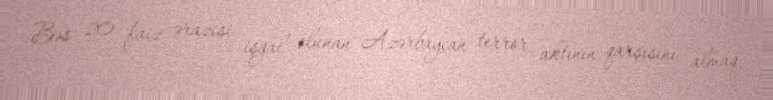
Bəs 20 faiz ərazisi işğal olunan Azərbaycan terror aktının qarşısını almaq